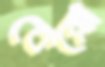
কেন্নো